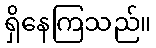
ရှိနေကြသည်။